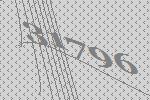
31796